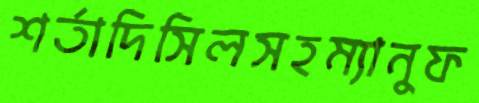
শর্তাদিসিলসহম্যানুফ